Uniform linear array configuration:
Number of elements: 48
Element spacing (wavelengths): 0.75
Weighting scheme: blackman
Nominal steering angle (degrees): -30
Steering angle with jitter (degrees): -30.151
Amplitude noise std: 0.05
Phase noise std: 0.05

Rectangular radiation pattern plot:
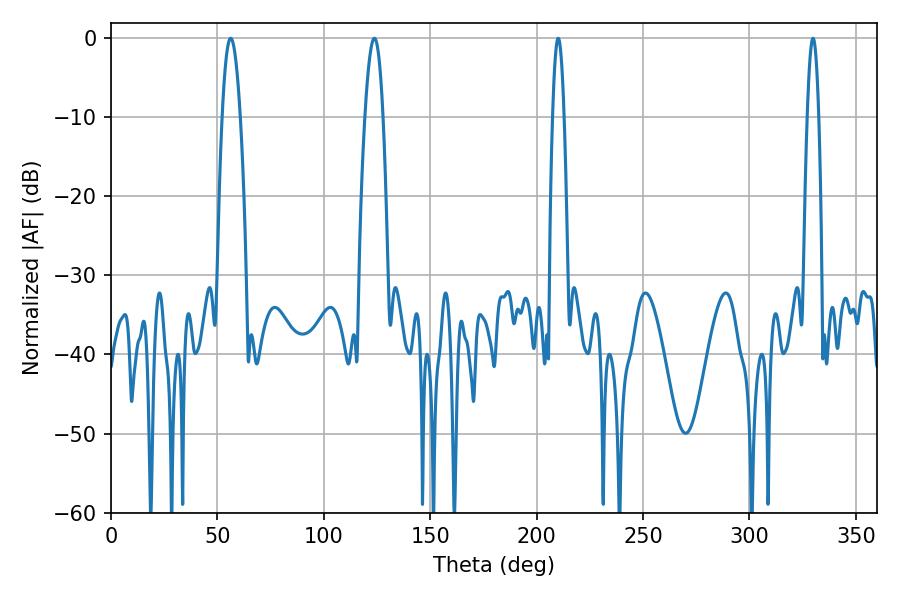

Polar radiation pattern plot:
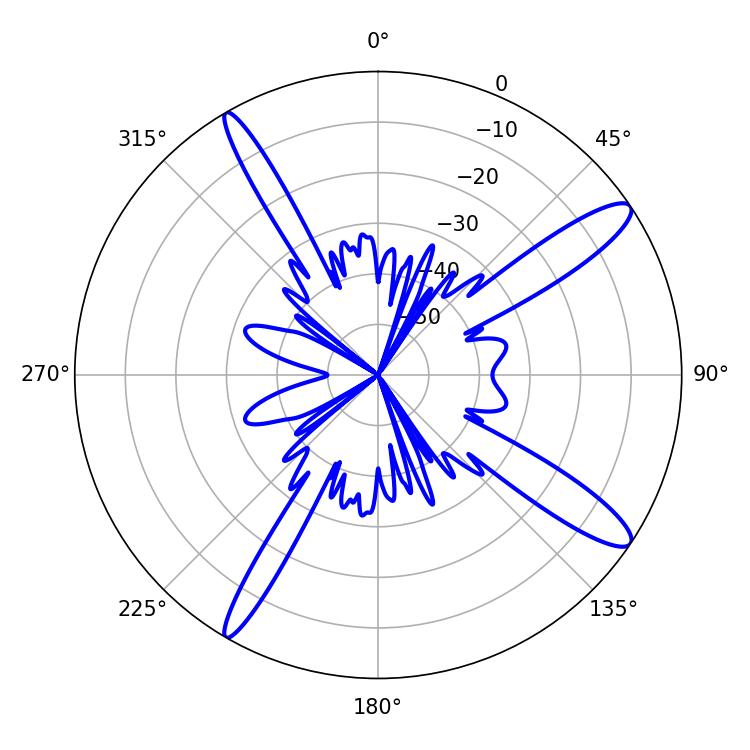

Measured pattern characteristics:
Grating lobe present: TRUE
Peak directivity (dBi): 13.456
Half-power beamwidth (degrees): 4.68
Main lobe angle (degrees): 56.16